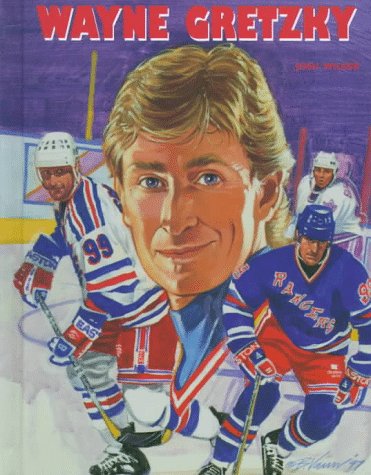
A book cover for Wayne Gretzky (Ice Hockey Legends); Joshua D. G. Wilker; Teen & Young Adult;